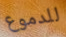
للدموع